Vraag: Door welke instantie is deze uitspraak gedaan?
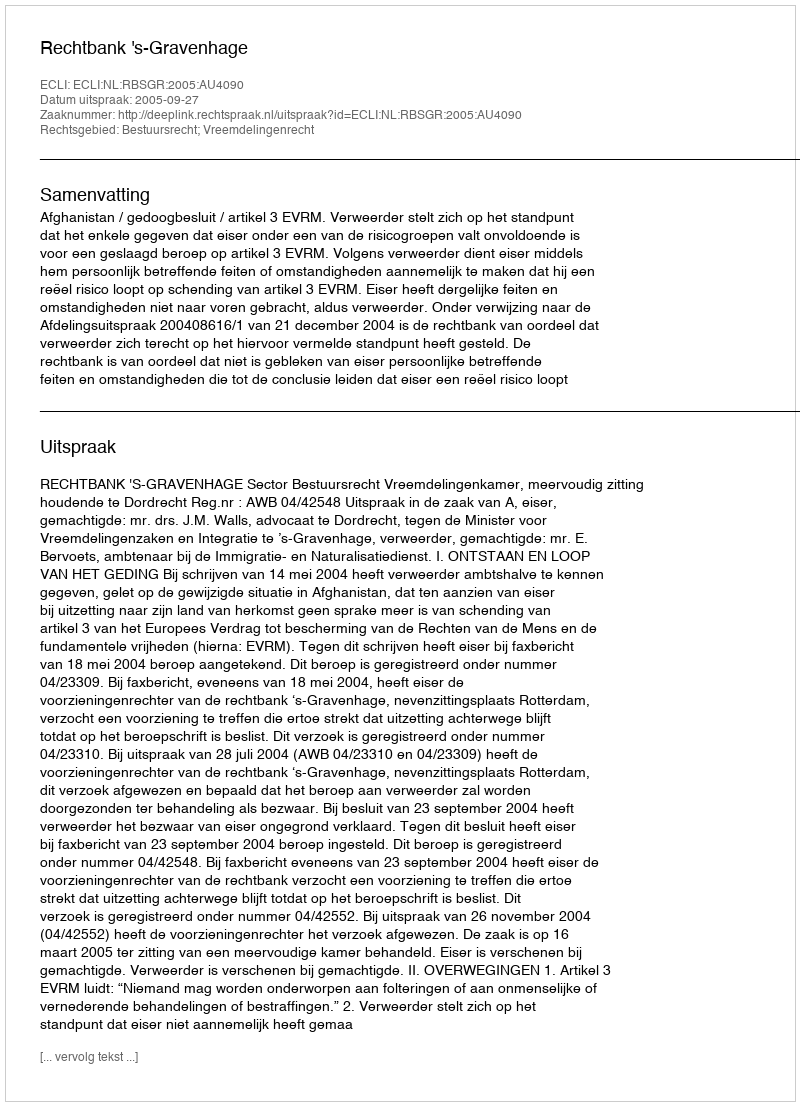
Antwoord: Rechtbank 's-Gravenhage